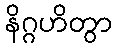
နိဂ္ဂဟိတွာ